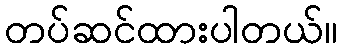
တပ်ဆင်ထားပါတယ်။